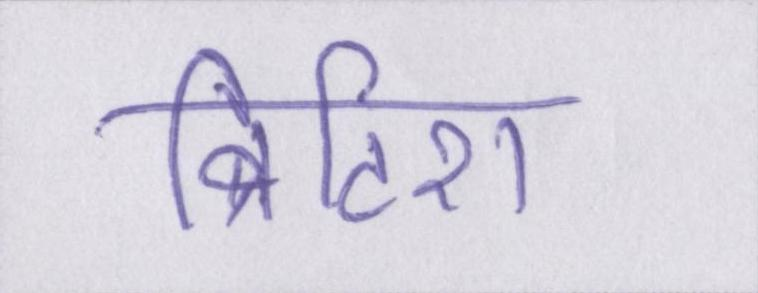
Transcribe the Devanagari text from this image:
ब्रिटिश